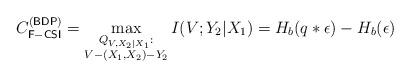
LaTeX: \begin{align*}C_{\mathsf{F-CSI}}^{(\mathsf{BDP})}=\max_{\substack{Q_{V,X_2|X_1}:\\V-(X_1,X_2)-Y_2}} I(V;Y_2|X_1)= H_b(q*\epsilon)-H_b(\epsilon)\end{align*}